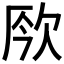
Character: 𣢬